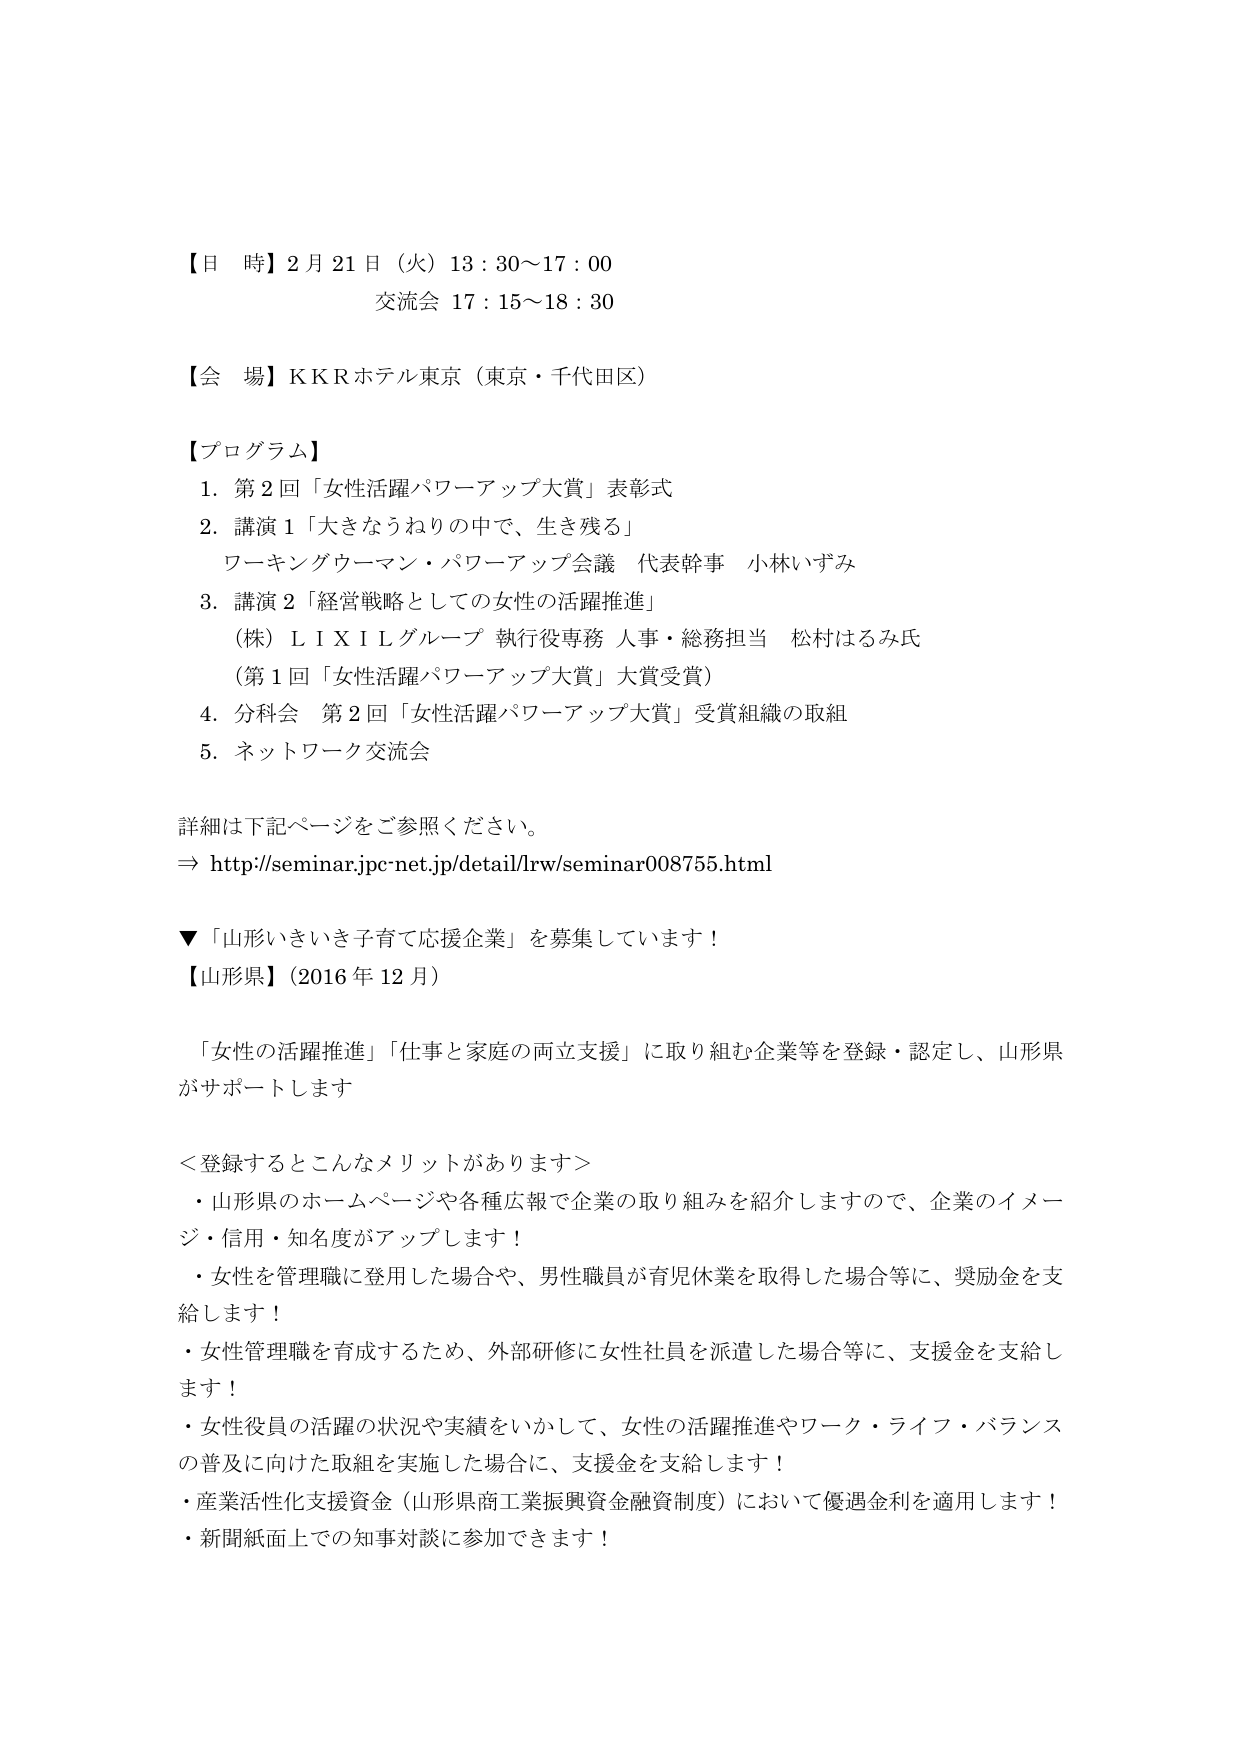
【日 時】2月21日（火）13：30～17：00
交流会 17：15～18：30

【会 場】ＫＫＲホテル東京（東京・千代田区）

【プログラム】
1. 第2回「女性活躍パワーアップ大賞」表彰式
2. 講演1「大きならねりの中で、生き残る」
　ワーキングウーマン・パワーアップ会議 代表幹事 小林いずみ
3. 講演2「経営戦略としての女性の活躍推進」
　（株）ＬＩＸＩＬグループ 執行役専務 人事・総務担当 松村はるみ氏
　（第1回「女性活躍パワーアップ大賞」大賞受賞）
4. 分科会 第2回「女性活躍パワーアップ大賞」受賞組織の取組
5. ネットワーク交流会

詳細は下記ページをご参照ください。
⇒ http://seminar.jpc-net.jp/detail/lrw/seminar008755.html

▼「山形いきいき子育て応援企業」を募集しています！
【山形県】（2016年12月）

「女性の活躍推進」「仕事と家庭の両立支援」に取り組む企業等を登録・認定し、山形県がサポートします

＜登録するとこんなメリットがあります＞
・山形県のホームページや各種広報で企業の取り組みを紹介しますので、企業のイメージ・信用・知名度がアップします！
・女性を管理職に登用した場合や、男性職員が育児休業を取得した場合等に、奨励金を支給します！
・女性管理職を育成するため、外部研修に女性社員を派遣した場合等に、支援金を支給します！
・女性役員の活躍の状況や実績をいかして、女性の活躍推進やワーク・ライフ・バランスの普及に向けた取組を実施した場合に、支援金を支給します！
・産業活性化支援資金（山形県商工業振興資金融資制度）において優遇金利を適用します！
・新聞紙面上での知事対談に参加できます！